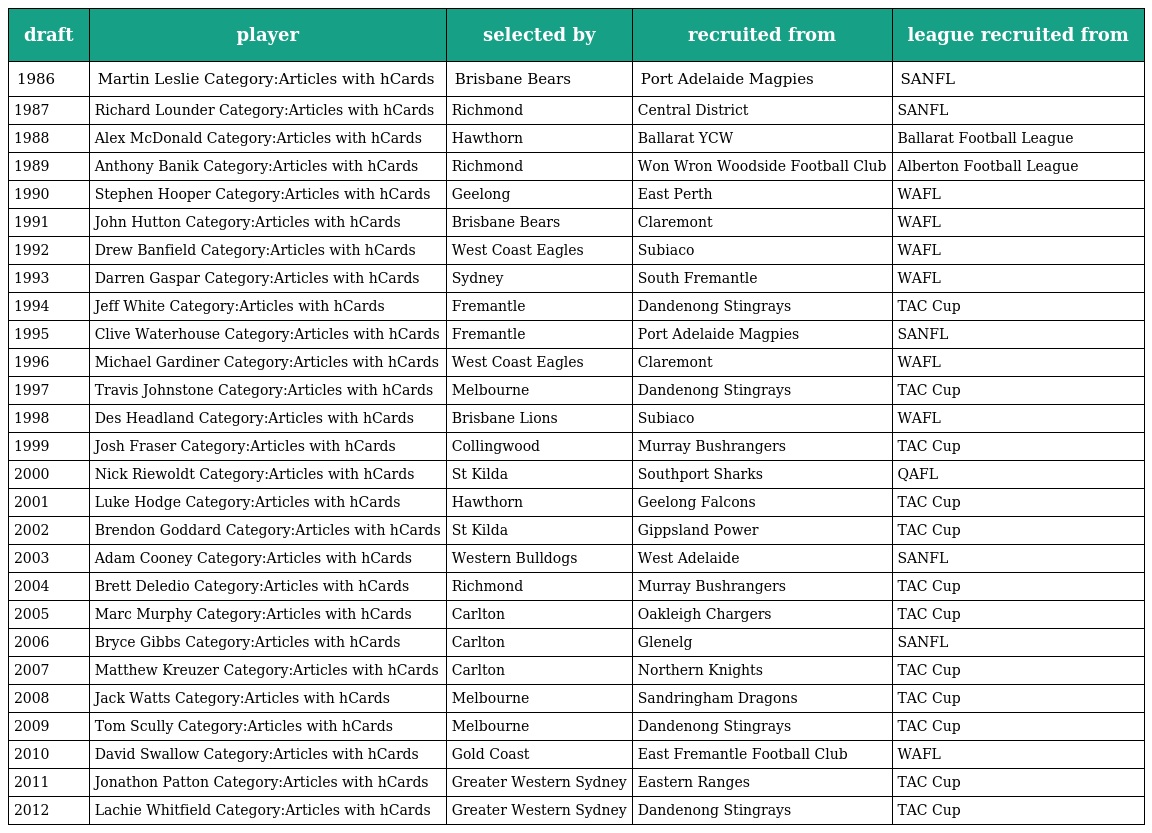
| draft | player | selected by | recruited from | league recruited from |
 | --- | --- | --- | --- | --- |
 | 1986 | Martin Leslie Category:Articles with hCards | Brisbane Bears | Port Adelaide Magpies | SANFL |
 | 1987 | Richard Lounder Category:Articles with hCards | Richmond | Central District | SANFL |
 | 1988 | Alex McDonald Category:Articles with hCards | Hawthorn | Ballarat YCW | Ballarat Football League |
 | 1989 | Anthony Banik Category:Articles with hCards | Richmond | Won Wron Woodside Football Club | Alberton Football League |
 | 1990 | Stephen Hooper Category:Articles with hCards | Geelong | East Perth | WAFL |
 | 1991 | John Hutton Category:Articles with hCards | Brisbane Bears | Claremont | WAFL |
 | 1992 | Drew Banfield Category:Articles with hCards | West Coast Eagles | Subiaco | WAFL |
 | 1993 | Darren Gaspar Category:Articles with hCards | Sydney | South Fremantle | WAFL |
 | 1994 | Jeff White Category:Articles with hCards | Fremantle | Dandenong Stingrays | TAC Cup |
 | 1995 | Clive Waterhouse Category:Articles with hCards | Fremantle | Port Adelaide Magpies | SANFL |
 | 1996 | Michael Gardiner Category:Articles with hCards | West Coast Eagles | Claremont | WAFL |
 | 1997 | Travis Johnstone Category:Articles with hCards | Melbourne | Dandenong Stingrays | TAC Cup |
 | 1998 | Des Headland Category:Articles with hCards | Brisbane Lions | Subiaco | WAFL |
 | 1999 | Josh Fraser Category:Articles with hCards | Collingwood | Murray Bushrangers | TAC Cup |
 | 2000 | Nick Riewoldt Category:Articles with hCards | St Kilda | Southport Sharks | QAFL |
 | 2001 | Luke Hodge Category:Articles with hCards | Hawthorn | Geelong Falcons | TAC Cup |
 | 2002 | Brendon Goddard Category:Articles with hCards | St Kilda | Gippsland Power | TAC Cup |
 | 2003 | Adam Cooney Category:Articles with hCards | Western Bulldogs | West Adelaide | SANFL |
 | 2004 | Brett Deledio Category:Articles with hCards | Richmond | Murray Bushrangers | TAC Cup |
 | 2005 | Marc Murphy Category:Articles with hCards | Carlton | Oakleigh Chargers | TAC Cup |
 | 2006 | Bryce Gibbs Category:Articles with hCards | Carlton | Glenelg | SANFL |
 | 2007 | Matthew Kreuzer Category:Articles with hCards | Carlton | Northern Knights | TAC Cup |
 | 2008 | Jack Watts Category:Articles with hCards | Melbourne | Sandringham Dragons | TAC Cup |
 | 2009 | Tom Scully Category:Articles with hCards | Melbourne | Dandenong Stingrays | TAC Cup |
 | 2010 | David Swallow Category:Articles with hCards | Gold Coast | East Fremantle Football Club | WAFL |
 | 2011 | Jonathon Patton Category:Articles with hCards | Greater Western Sydney | Eastern Ranges | TAC Cup |
 | 2012 | Lachie Whitfield Category:Articles with hCards | Greater Western Sydney | Dandenong Stingrays | TAC Cup |